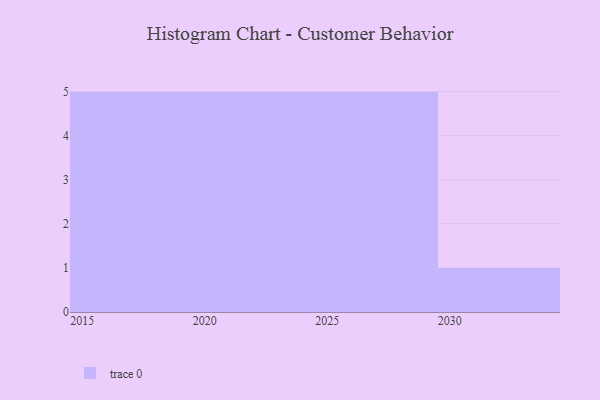
{"axis": {"x": "Year", "y": "Churn Rate (%)"}, "legend": [""], "data": [{"x": "2025", "y": 84, "type": ""}, {"x": "2024", "y": 52, "type": ""}, {"x": "2015", "y": 44, "type": ""}, {"x": "2020", "y": 65, "type": ""}, {"x": "2029", "y": 14, "type": ""}, {"x": "2026", "y": 17, "type": ""}, {"x": "2019", "y": 97, "type": ""}, {"x": "2021", "y": 59, "type": ""}, {"x": "2022", "y": 56, "type": ""}, {"x": "2017", "y": 88, "type": ""}, {"x": "2018", "y": 83, "type": ""}, {"x": "2027", "y": 78, "type": ""}, {"x": "2030", "y": 58, "type": ""}, {"x": "2028", "y": 14, "type": ""}, {"x": "2016", "y": 54, "type": ""}, {"x": "2023", "y": 65, "type": ""}]}